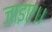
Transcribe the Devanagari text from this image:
जाइए।।